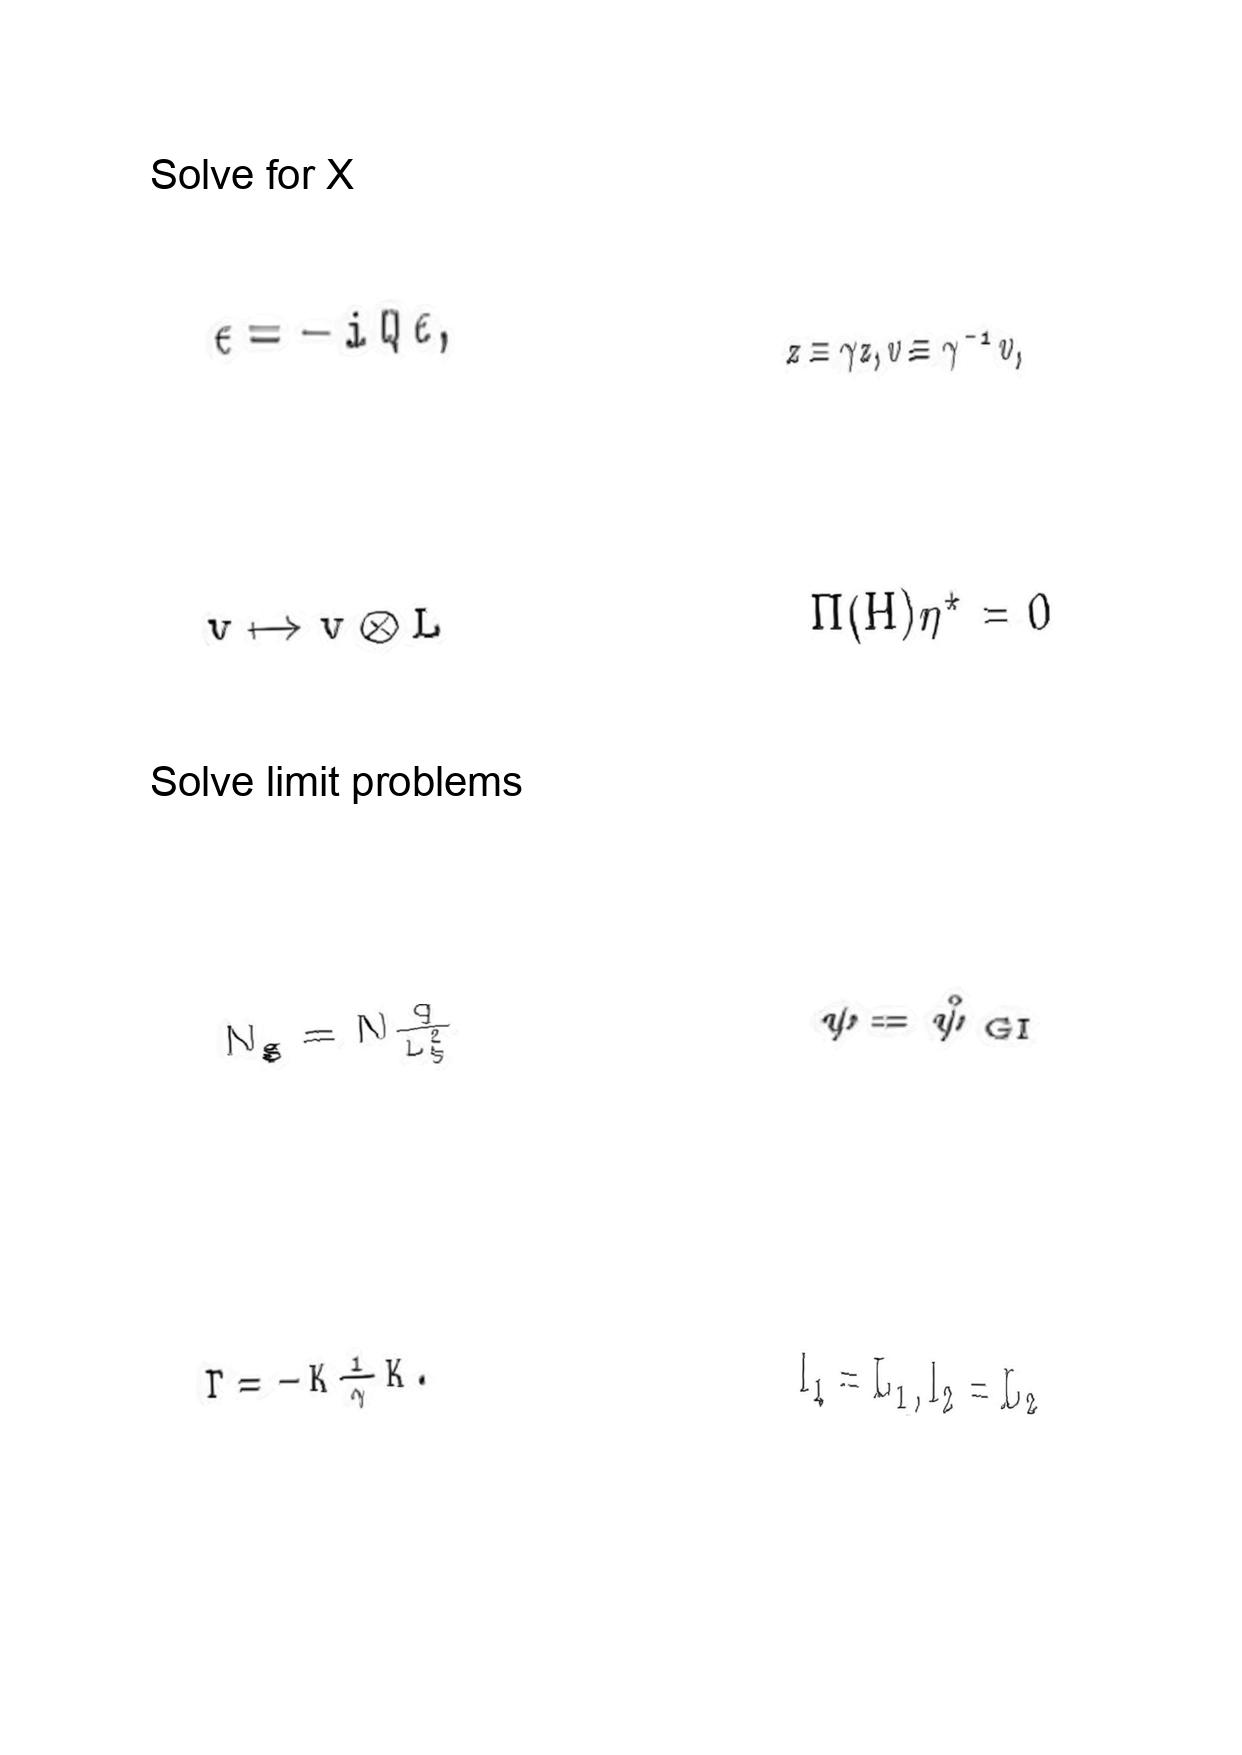
LaTeX transcription:
\epsilon = - i Q \epsilon ,
v \mapsto v \otimes L
N _ { g } = N \frac { q } { L _ { 5 } ^ { 2 } }
\Gamma = - K \frac { 1 } { \gamma } K .
z \equiv \gamma z , v \equiv \gamma ^ { - 1 } v ,
\Pi \lparen H \rparen \eta ^ { \star } = 0
\psi = \hat { \psi } _ { \mathrm { \space G I } }
l _ { 1 } = L _ { 1 } , l _ { 2 } = L _ { 2 }